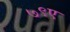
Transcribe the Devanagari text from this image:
७९ए